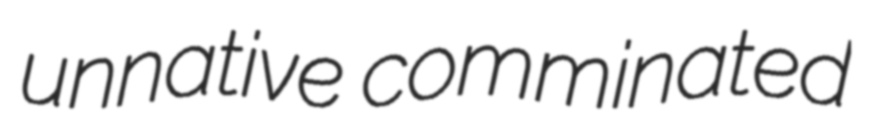
unnative comminated